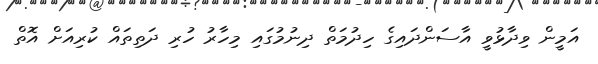
އަމީން ވިދާޅުވީ އާސަންދައިގެ ހިދުމަތް ދިނުމުގައި މިހާރު ހުރި ދަތިތައް ކުރިއަށް އޮތް